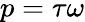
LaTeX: p=\tau\omega